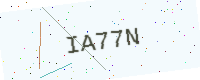
Text: IA77N